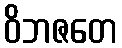
ဝိဘဇတေ